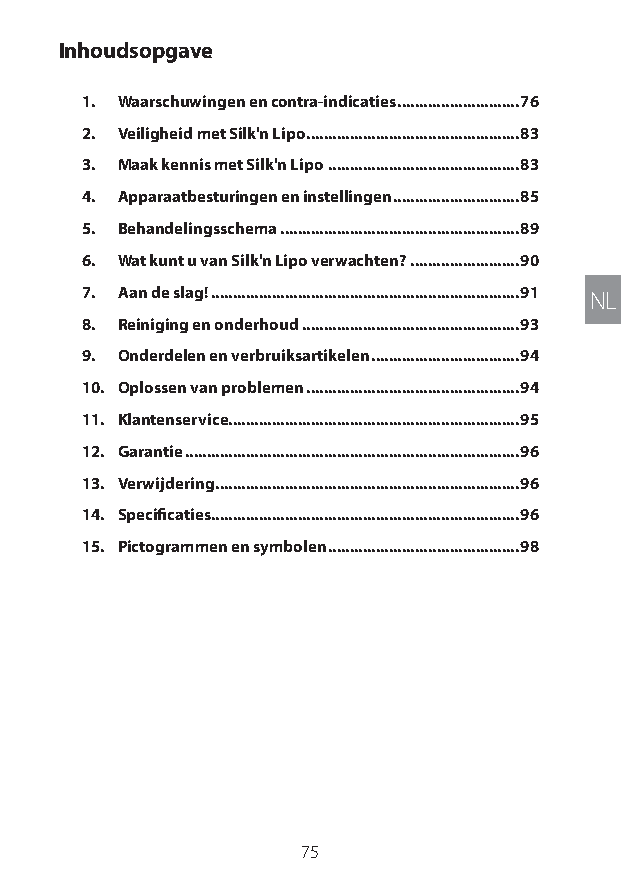
Inhoudsopgave
 1. Waarschuwingen en contra-indicaties ............................76
 2. Veiligheid met Silk'n Lipo .................................................83
 3. Maak kennis met Silk'n Lipo ............................................83
 4. Apparaatbesturingen en instellingen .............................85
 5. Behandelingsschema .......................................................89
 6. Wat kunt u van Silk'n Lipo verwachten? .........................90
 7. Aan de slag! .......................................................................91 NL
 8. Reiniging en onderhoud ..................................................93
 9. Onderdelen en verbruiksartikelen ..................................94
 10. Oplossen van problemen .................................................94
 11. Klantenservice...................................................................95
 12. Garantie .............................................................................96
 13. Verwijdering ......................................................................96
 14. Specificaties.......................................................................96
 15. Pictogrammen en symbolen ............................................98
 75
 Lipo UM EU124 3545B inside ALL EU124 ED296-24 release.indd 75 14/08/2018 10:57:36